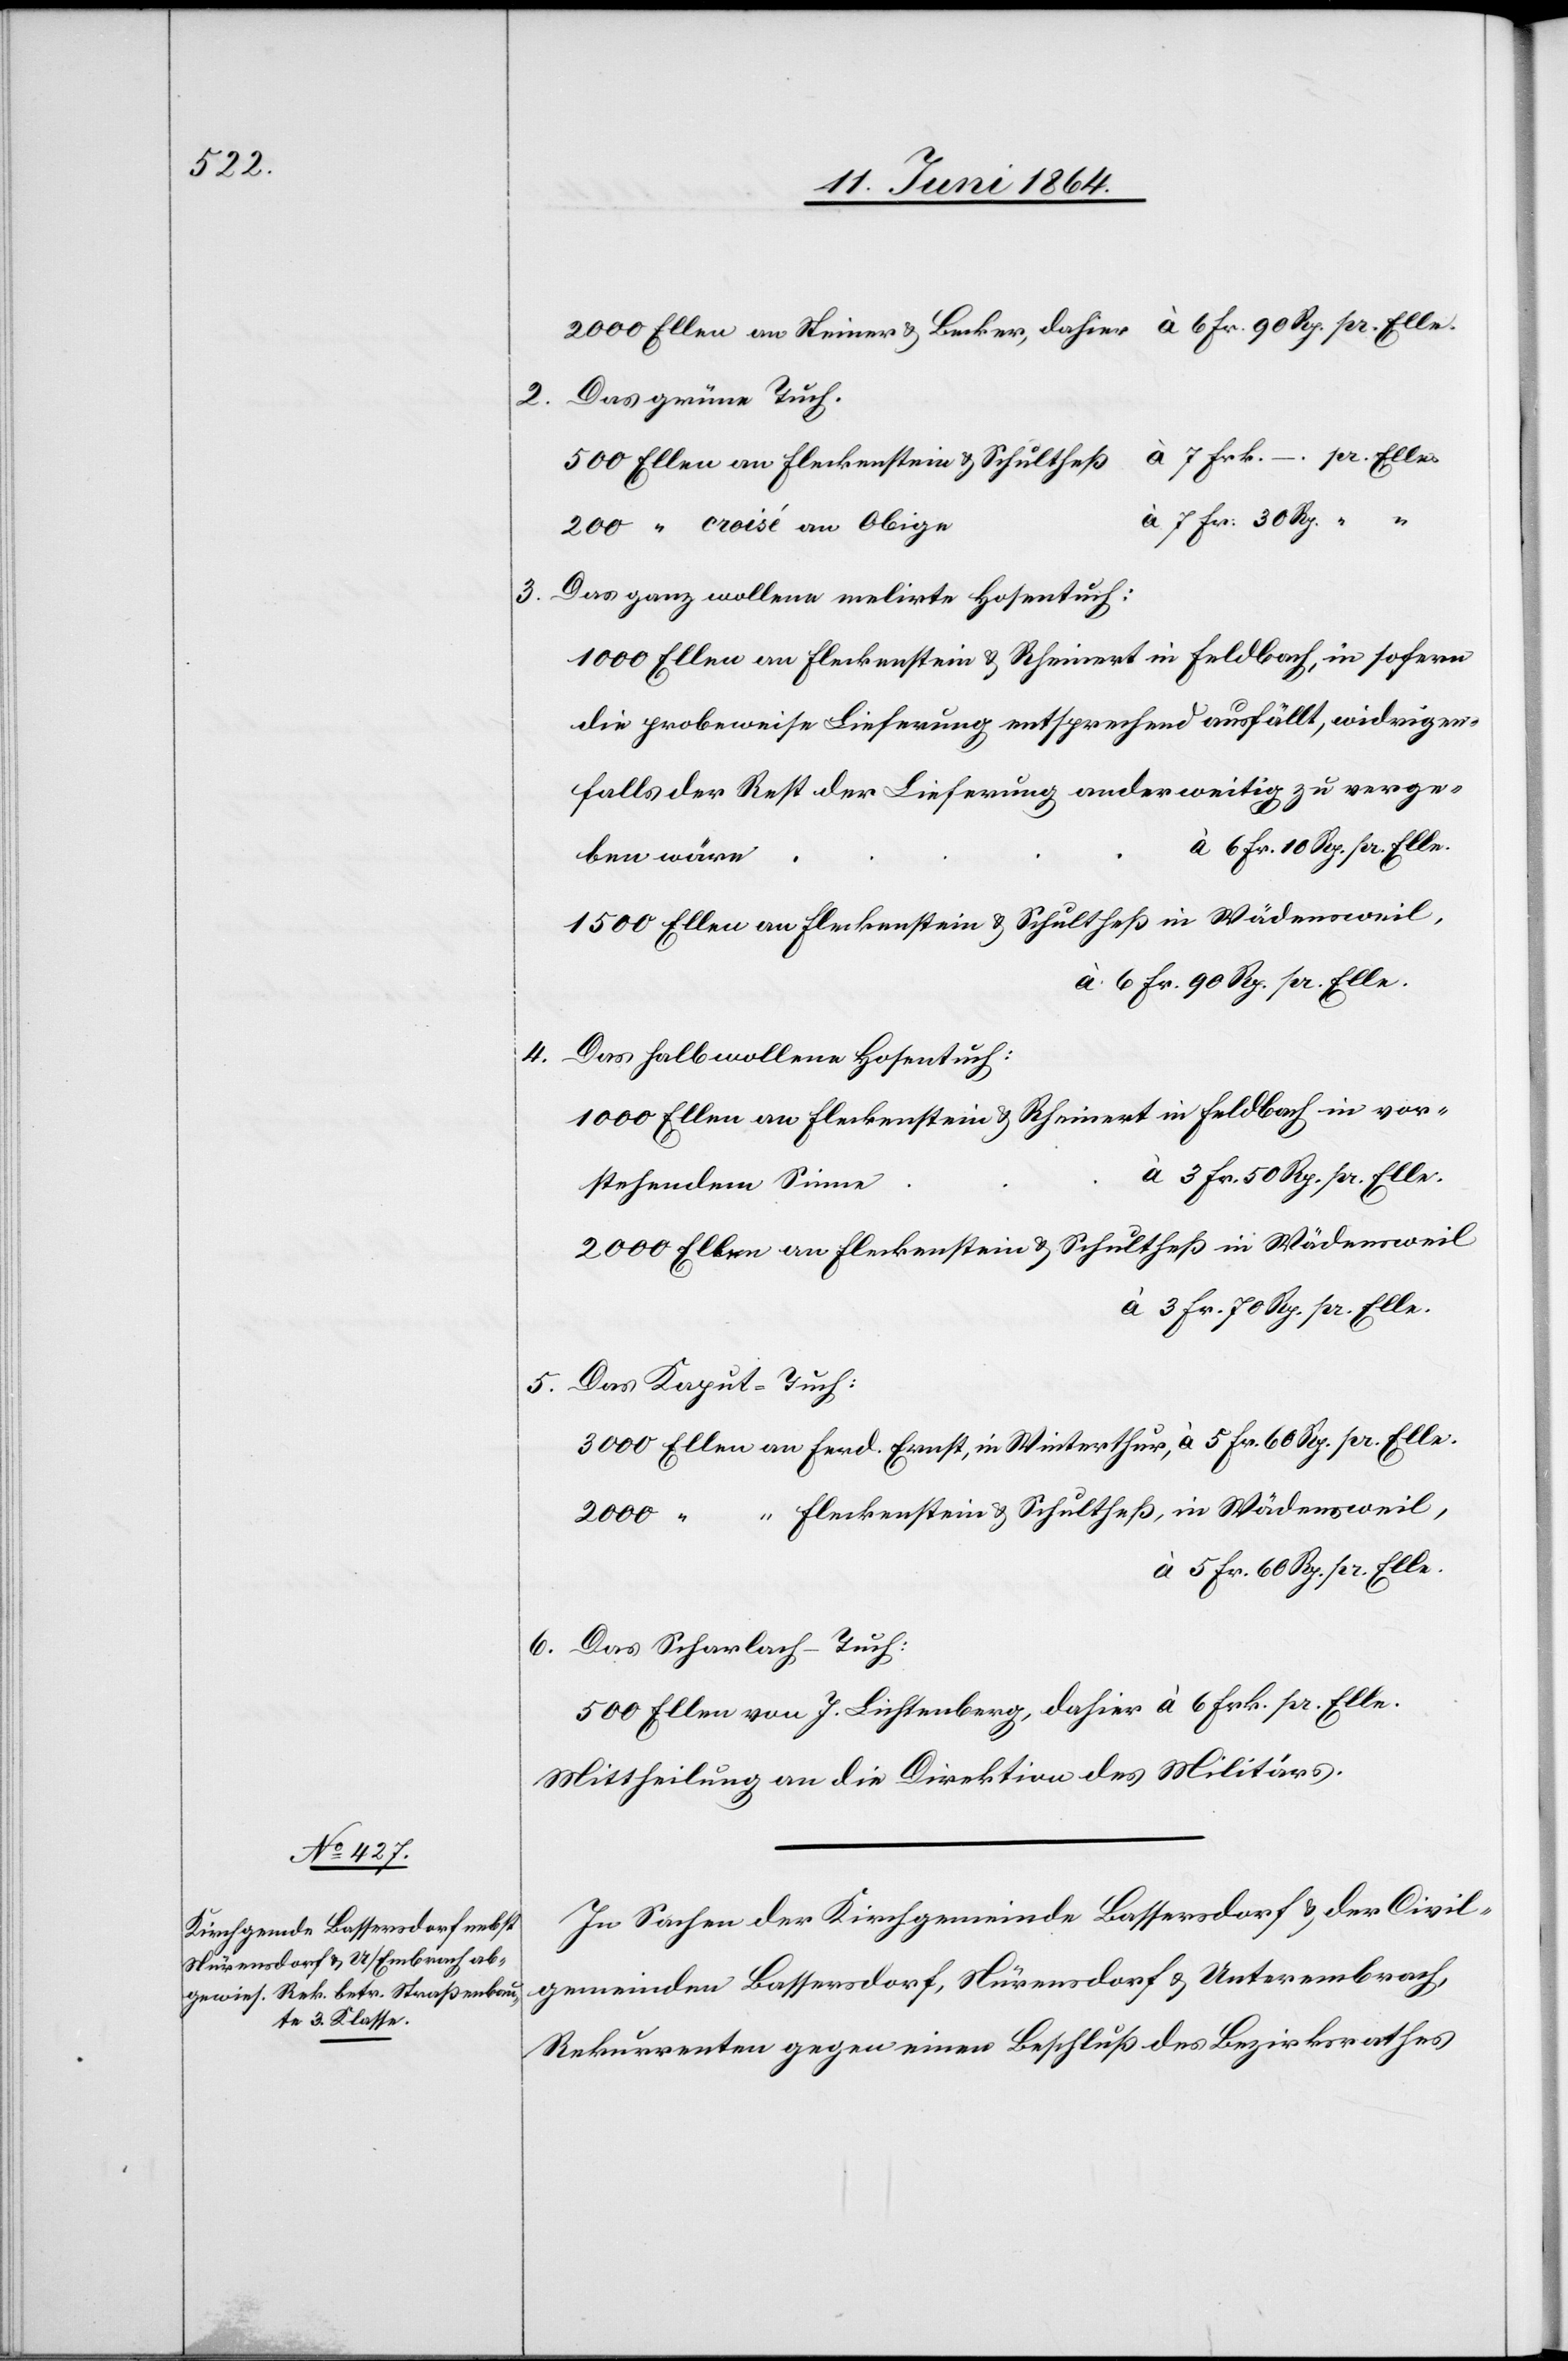
2.
3.

2000 Ellen an Steiner u. Becker, dahier	à 6 Fr. 90 Rp. pr. Elle.
Das grüne Tuch.
7 Frk. –. pr. Elle.
500 Ellen an Fleckenstein u. Schultheß	à
7 Fr: 30 Rp. “ “
Das ganz wollene melirte Hosentuch:
1000 Ellen an Fleckenstein u. Rheinert in Feldbach, in sofern
die probeweise Lieferung entsprechend ausfällt, widrigen¬
falls der Rest der Lieferung anderweitig zu verge¬
ben wäre
1500 Ellen an Fleckenstein u. Schultheß in Wädensweil,
à 6 Fr. 90 Rp. pr. Elle.
4. Das halbwollene Hosentuch:
1000 Ellen an Fleckenstein u. Rheinert in Feldbach in vor¬
à 3 Fr. 50 Rp. pr. Elle.
stehendem Sinne
2000 Ellen an Fleckenstein u. Schultheß in Wädensweil
à 3 Fr. 70 Rp. pr. Elle.
5. Das Kaput-Tuch:
3000 Ellen an Ferd. Ernst, in Winterthur,	à 5 Fr. 60 Rp. pr. Elle.
2000 “ “ Fleckenstein u. Schultheß, in Wädensweil,
à 5 Fr. 60 Rp. pr. Elle.
6. Das Scharlach-Tuch:
500 Ellen von J. Lichtenberg, dahier	à 6 Frk. pr. Elle.
Mittheilung an die Direktion des Militärs.
In Sachen der Kirchgemeinde Bassersdorf u. der Civil¬
gemeinden Bassersdorf, Nürensdorf u. Unterembrach,
Rekurrenten gegen einen Beschluß des Bezirksrathes